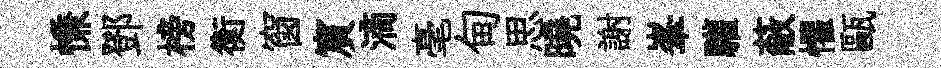
慊鄧榜衡窗賔滴毫甸思曉謝峯驩蔽懼甌